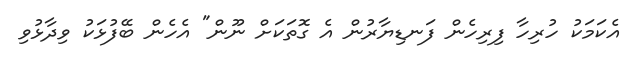
އެކަމަކު ހުރިހާ ފިރިހެން ފަނޑިޔާރުން އެ ގޮތަކަށް ނޫން" އެހެން ބޭފުޅަކު ވިދާޅުވި